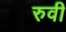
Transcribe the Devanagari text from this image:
रुवी